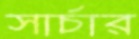
সার্চার